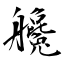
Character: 艬